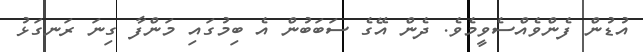
އުޑުން ފެންވެއްސެވީމެވެ. ދެން އޭގެ ސަބަބުން އެ ބިމުގައި މަންފާ ގިނަ ރަނގަޅު